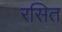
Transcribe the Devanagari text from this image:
रसित